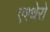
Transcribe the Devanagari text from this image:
एश्थेरो